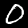
Digit: 0